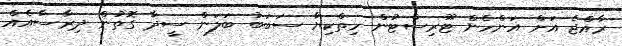
ރާއްޖެ އަށް އަންހެން ޓޫރިސްޓުން ހިތްކިޔާ ސަބަބު ބަލަން ސީދާ ގޮތުން ދިރާސާއެއް